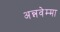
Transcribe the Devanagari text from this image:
अन्नवेम्मा